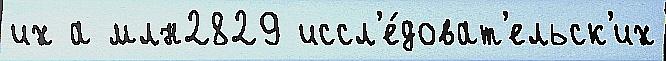
их а млн2829 иссл'е́доват'ельск'их